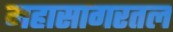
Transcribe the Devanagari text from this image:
महासागरतल